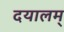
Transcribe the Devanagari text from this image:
दयालम्